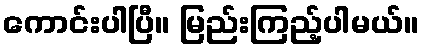
ကောင်းပါပြီ။ မြည်းကြည့်ပါမယ်။